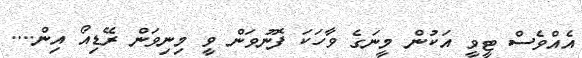
އެއްވެސް ޓީވީ އަކުން މީނަގެ ވާހަކަ ފޮނުވަން ވީ މިނިވަން ރޭޑިއޯ އިން....